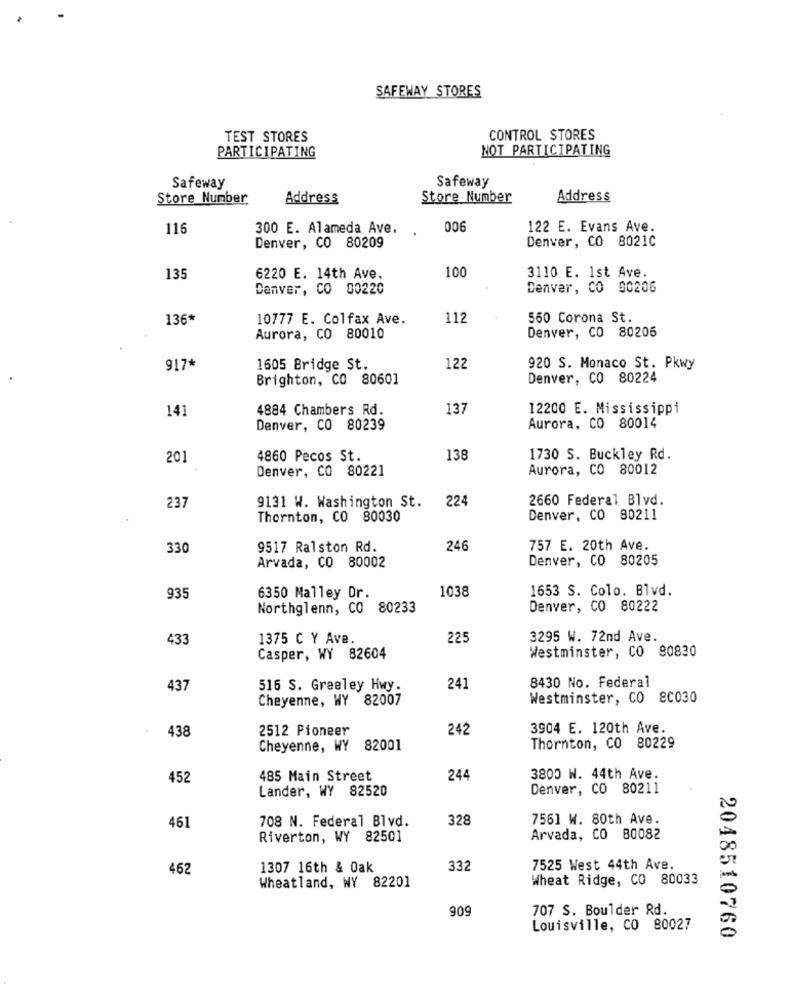
SAFEWAY STORES
TEST STORES
CONTROL STORES
PARTICIPATING
NOT PARTICIPATING
Safeway
Safeway
Store Number
Address
Store Number
Address
116
300 E. Alameda Ave.
006
122 E. Evans Ave.
Denver, CO 80209
Denver, CO 8021C
100
135
6220 E. 14th Ave.
3110 E. 1st Ave.
Danver, CO 00220
Denver, CO 00206
136*
10777 E. Colfax Ave.
112
560 Corona St.
Denver, CO 80206
Aurora, CO 80010
917*
1605 Bridge St.
122
920 S. Monaco St. Pkwy
Brighton, CO 80601
Denver, CO 80224
141
4884 Chambers Rd.
137
12200 E. Mississippi
Denver, CO 80239
Aurora, CO 80014
201
4860 Pecos St.
138
1730 S. Buckley Rd.
Denver, CO 80221
Aurora, CO 80012
224
2660 Federal Blvd.
237
9131 W. Washington St.
Thornton, CO 80030
Denver, CO 80211
330
9517 Ralston Rd.
246
757 E. 20th Ave.
Denver, CO 80205
Arvada, CO 80002
1038
1653 S. Colo. Blvd.
935
6350 Malley Dr.
Northglenn, CO 80233
Denver, CO 80222
433
1375 C Y Ave
225
3295 W. 72nd Ave.
Casper, WY 82604
Westminster, CO 80830
8430 No. Federal
437
516 S. Greeley Hwy.
241
Cheyenne, WY 82007
Westminster, CO 80030
438
2512 Pioneer
242
3904 E. 120th Ave.
Cheyenne, WY 82001
Thornton, CO 80229
452
485 Main Street
244
3800 W. 44th Ave.
Lander, WY 82520
Denver, CO 80211
708 N. Federal Blvd.
328
7561 W. 80th Ave.
461
Riverton, WY 82501
Arvada, CO 80082
462
1307 16th & Oak
332
7525 West 44th Ave.
Wheat Ridge, CO 80033
Wheatland, WY 82201
909
707 S. Boulder Rd.
Louisville, CO 80027
2048510760